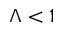
\Lambda < 1